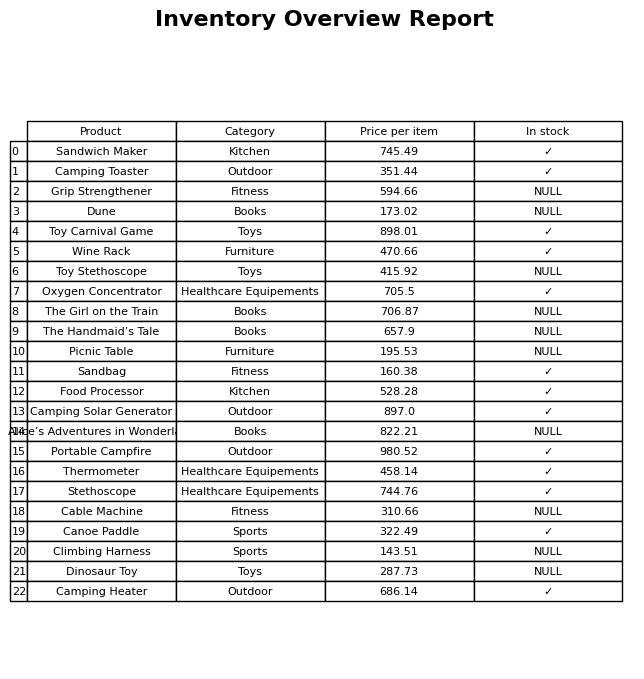
question: Is the Portable Campfire in stock?
answer: ✓